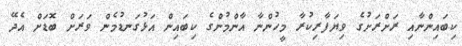
ކިބައިންނާއި ރަށްރަށުގެ ވިޔަފާރިކުރާ މީހުންނާ އާންމުންގެ ކިބައިން އަޅުގަނޑުމެން ވަރަށް ބޮޑަށް އެދޭ